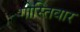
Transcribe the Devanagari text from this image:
गोस्तिवार